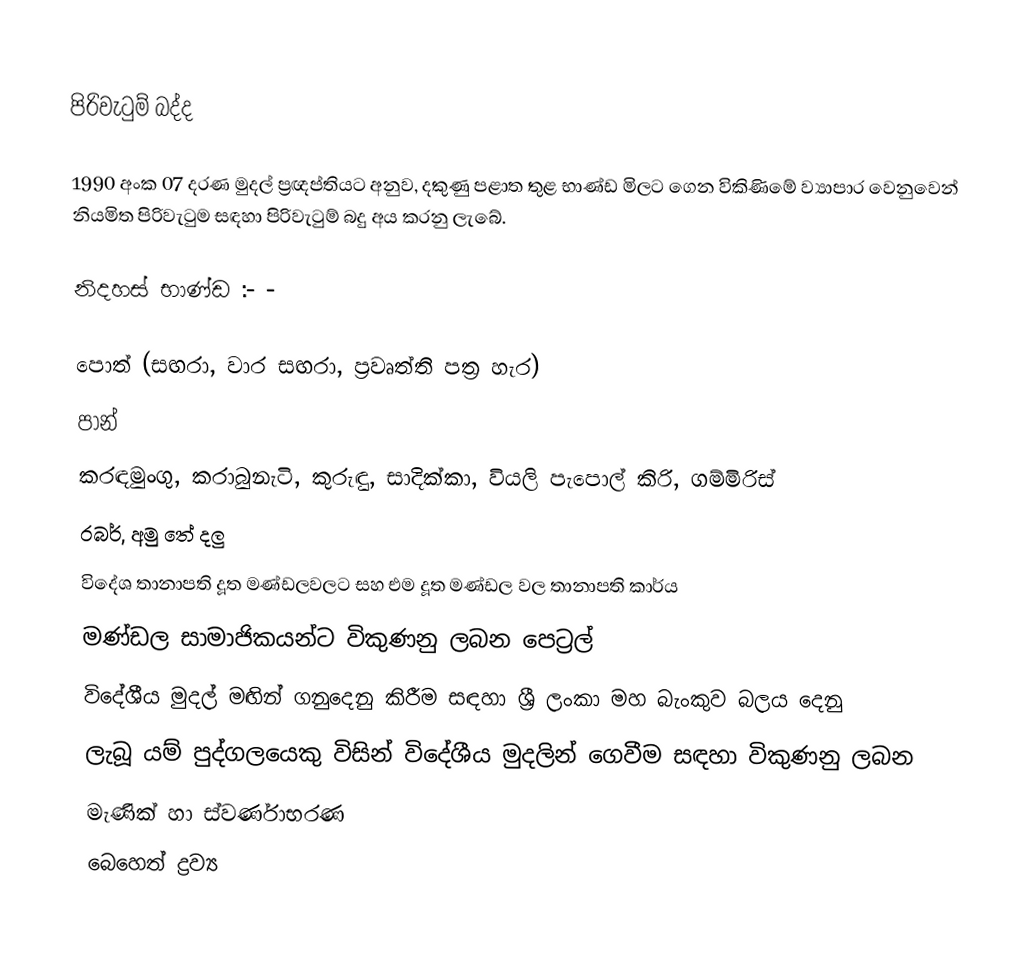

පිරිවැටුම් බද්ද

1990 අංක 07 දරණ මුදල් ප්‍රඥප්තියට අනුව, දකුණු පළාත තුළ භාණ්ඩ මිලට ගෙන විකිණිමේ ව්‍යාපාර වෙනුවෙන් නියමිත පිරිවැටුම සඳහා පිරිවැටුම් බදු අය කරනු ලැබේ.

	නිදහස් භාණ්ඩ :- -

	පොත් (සඟරා, වාර සඟරා, ප්‍රවෘත්ති පත්‍ර හැර)
	පාන්
	කරඳමුංගු, කරාබුනැටි, කුරුඳු, සාදික්කා, වියලි  පැපොල් කිරි, ගම්මිරිස්
	රබර්, අමු තේ දලු
	විදේශ තානාපති දූත මණ්ඩලවලට සහ එම දූත මණ්ඩල වල තානාපති කාර්ය
	මණ්ඩල සාමාජිකයන්ට විකුණනු ලබන පෙට්‍රල්
	විදේශීය මුදල් මඟින් ගනුදෙනු කිරීම සඳහා ශ්‍රී ලංකා මහ බැංකුව බලය දෙනු
      ලැබූ යම් පුද්ගලයෙකු විසින් විදේශීය මුදලින් ගෙවීම සඳහා විකුණනු ලබන
      මැණික් හා ස්වර්ණාභරණ
	බෙහෙත් ද්‍රව්‍ය